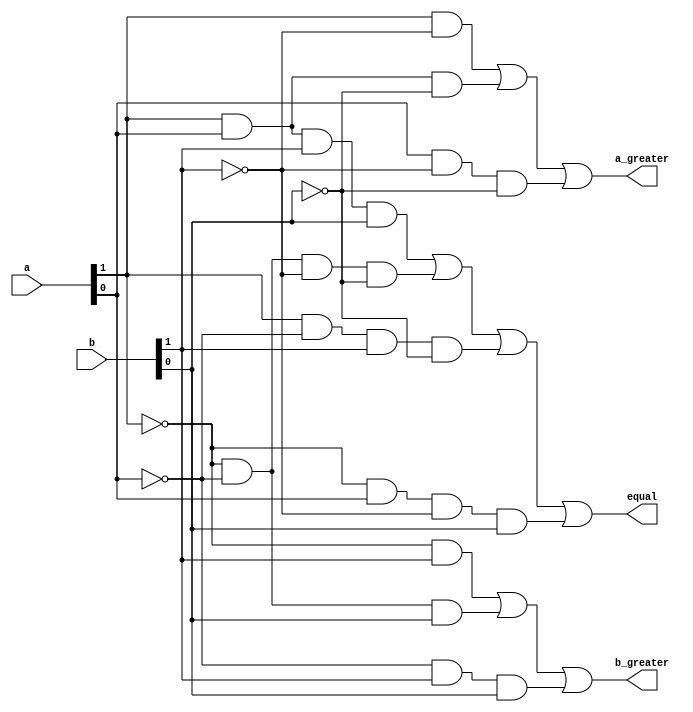
module magnitude_comparator_4_bit_dataflow(a, b, a_greater, equal, b_greater);
    input[1:0] a;
    input [1:0] b;
    output a_greater, equal, b_greater;

    assign a_greater = (a[1]&~b[1]) | (a[1]&a[0]&~b[0]) | (a[0]&~b[1]&~b[0]), 
           equal = ( a[1]& a[0]& b[1]& b[0]) | (~a[1]&~a[0]&~b[1]&~b[0]) | ( a[1]&~a[0]& b[1]&~b[0]) | (~a[1]& a[0]&~b[1]& b[0]), 
           b_greater = ( ~a[1]& b[1]) | ( ~a[1]&~a[0]& b[0]) | ( ~a[0]& b[1]& b[0]);


    always @(a or b) begin
        #0
        $display("a : %b\nb: %b", a, b);

        if(equal) 
            $display("a is equal to b\n");
        else if (a_greater)
            $display("a is greater than b\n");
        else if (b_greater)
            $display("a is lesser than b\n");
    end
endmodule

module magnitude_comparator_4_bit_dataflow_test;
    reg[1:0] a, b;
    wire a_greater, equal, b_greater;
    

    magnitude_comparator_4_bit_dataflow wire_driver(a, b, a_greater, equal, b_greater);

    initial begin
        a = 2'b11; b = 2'b10;
        #10 a = 2'b01; b = 2'b10;
        #10 a = 2'b00; b = 2'b00;

    end
endmodule